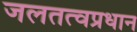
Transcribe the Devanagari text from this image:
जलतत्वप्रधान